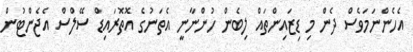
އެހެންނަމަވެސް ދެން މި ޑިޒައިންތައް ލިބެން ހުންނާނީ އެތަނުގެ އޮތޮރައިޑް ސޭލްސް އެޖެންޓުން